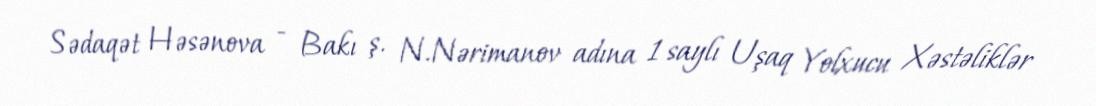
Sədaqət Həsənova - Bakı ş. N.Nərimanov adına 1 saylı Uşaq Yolxucu Xəstəliklər